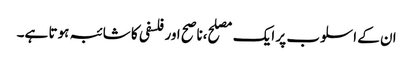
ان کے اسلوب پر ایک مصلح،ناصح اور فلسفی کا شائبہ ہوتا ہے۔